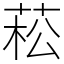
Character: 菘